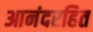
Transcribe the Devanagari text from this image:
आनंदरहित